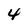
Character: 4